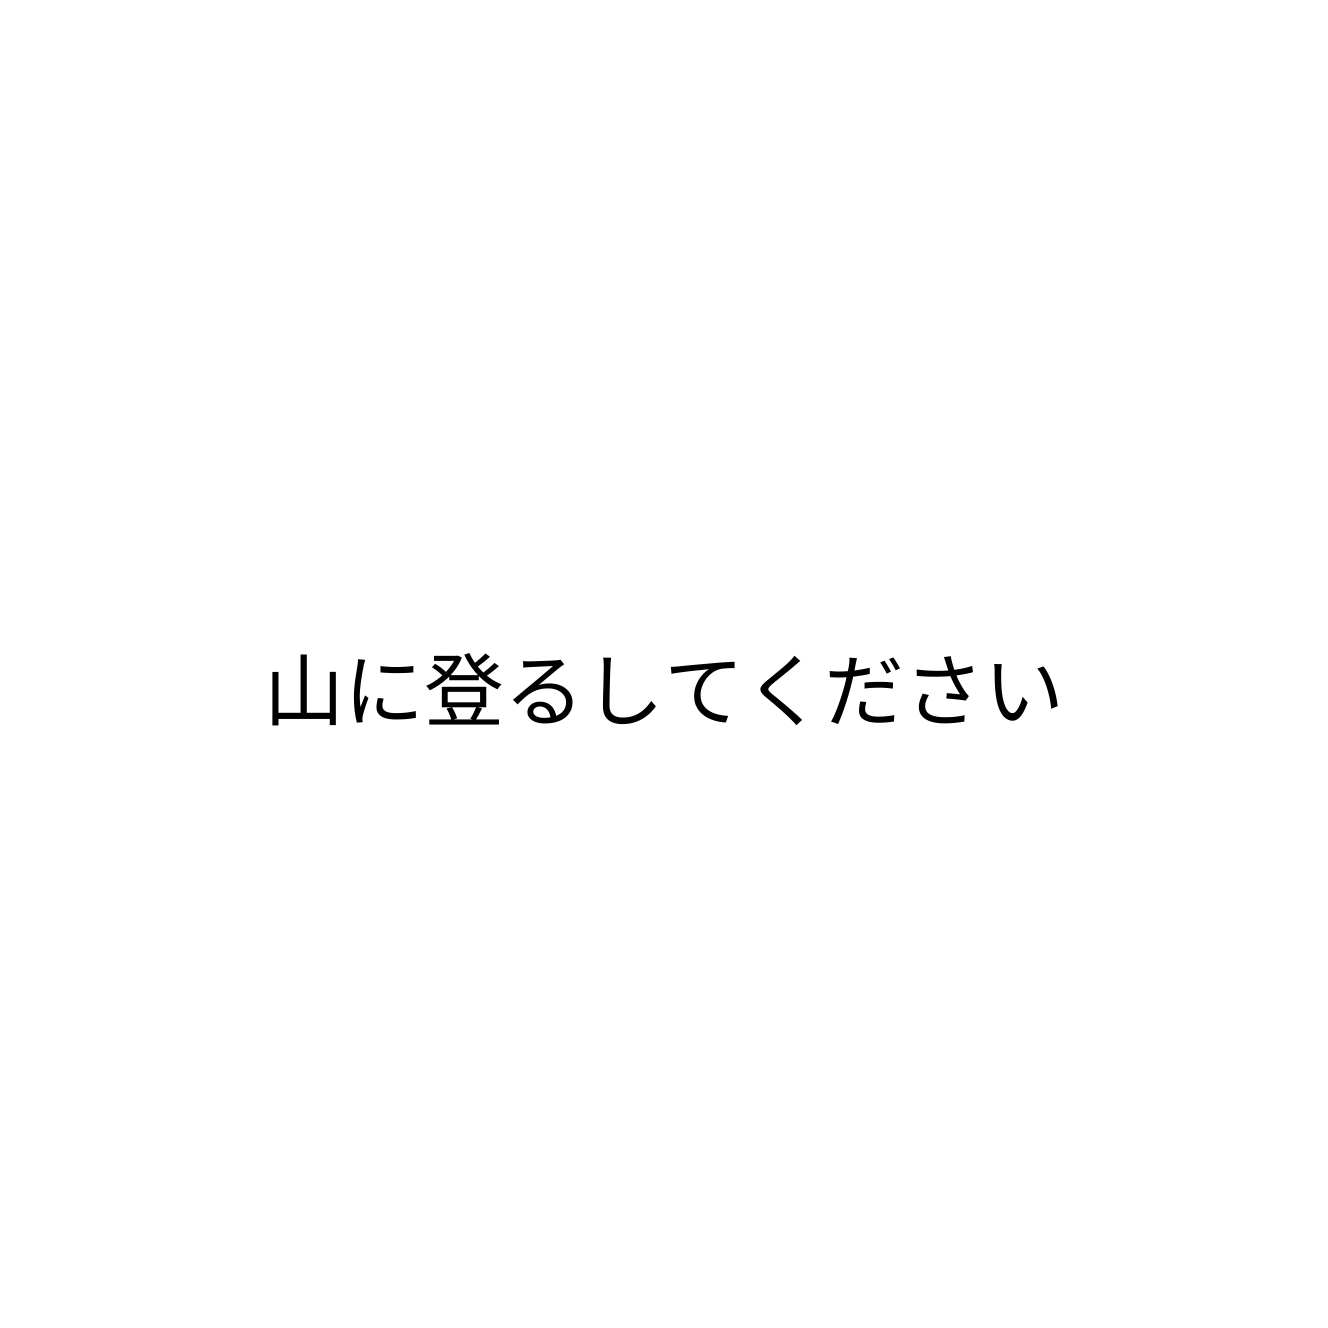
山に登るしてください